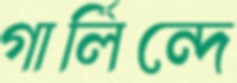
গার্লিন্দে